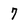
Character: 7